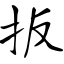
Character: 扳